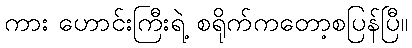
ကား ဟောင်းကြီးရဲ့ စရိုက်ကတော့စပြန်ပြီ။